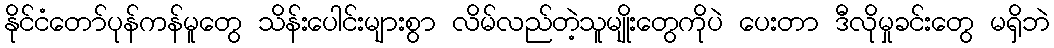
နိုင်ငံတော်ပုန်ကန်မူတွေ သိန်းပေါင်းများစွာ လိမ်လည်တဲ့သူမျိုးတွေကိုပဲ ပေးတာ ဒီလိုမှုခင်းတွေ မရှိဘဲ